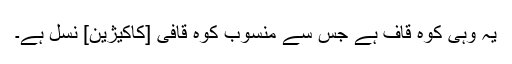
یہ وہی کوہ قاف ہے جس سے منسوب کوہ قافی [کاکیژین] نسل ہے۔